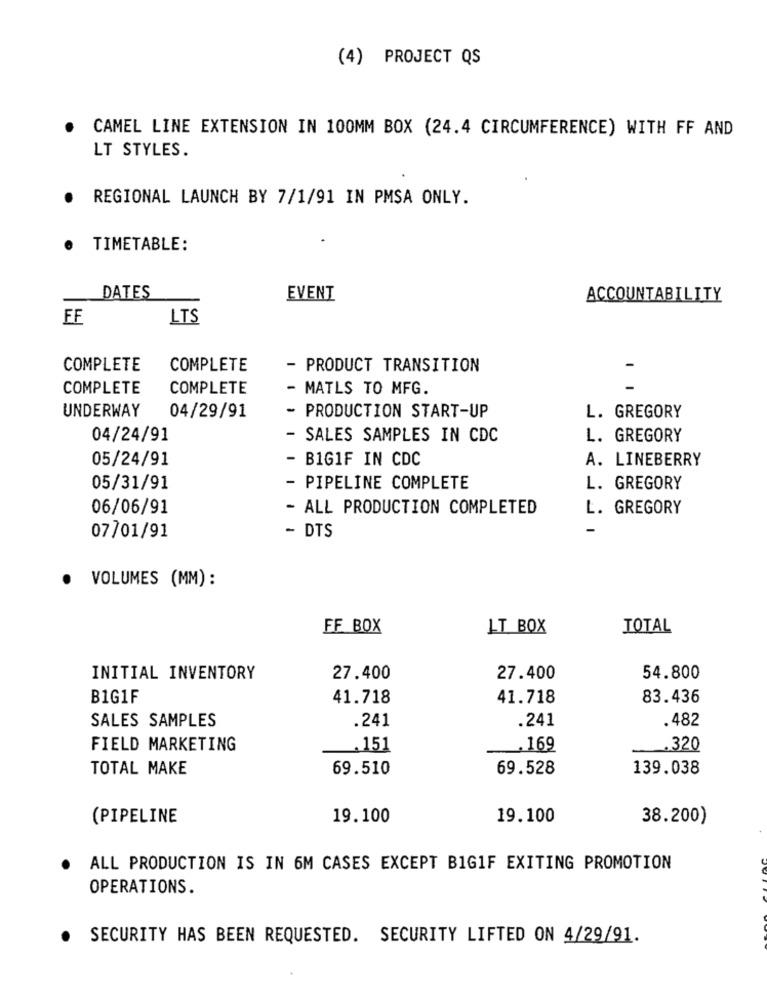
(4) PROJECT QS
.
CAMEL LINE EXTENSION IN 100MM BOX (24.4 CIRCUMFERENCE) WITH FF AND
LT STYLES.
.
REGIONAL LAUNCH BY 7/1/91 IN PMSA ONLY.
· TIMETABLE:
DATES
EVENT
ACCOUNTABILITY
FF
LTS
COMPLETE
COMPLETE
- PRODUCT TRANSITION
COMPLETE
COMPLETE
- MATLS TO MFG.
UNDERWAY
- PRODUCTION START-UP
04/29/91
L. GREGORY
04/24/91
- SALES SAMPLES IN CDC
L. GREGORY
05/24/91
- B1GIF IN CDC
A. LINEBERRY
05/31/91
- PIPELINE COMPLETE
L. GREGORY
06/06/91
- ALL PRODUCTION COMPLETED
L. GREGORY
- DTS
07701/91
VOLUMES (MM):
FF BOX
LT BOX
TOTAL
INITIAL INVENTORY
27.400
27.400
54.800
B1G1F
41.718
41.718
83.436
SALES SAMPLES
.241
.482
.241
FIELD MARKETING
.151
,169
.320
TOTAL MAKE
69.510
69.528
139.038
(PIPELINE
19.100
19.100
38.200)
ALL PRODUCTION IS IN 6M CASES EXCEPT BIG1F EXITING PROMOTION
OPERATIONS.
.
SECURITY HAS BEEN REQUESTED. SECURITY LIFTED ON 4/29/91.